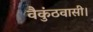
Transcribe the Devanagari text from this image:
वैकुंठवासी।